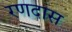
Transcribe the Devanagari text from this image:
रणदास